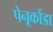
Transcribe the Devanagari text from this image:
पेनूकोंडा